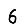
Digit: 6